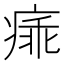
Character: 㾩